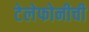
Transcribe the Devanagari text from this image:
टेलेफोनीची